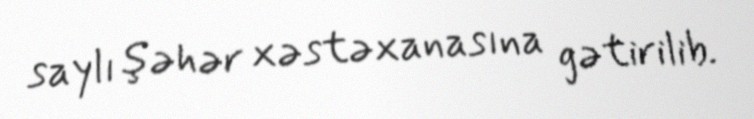
saylı şəhər xəstəxanasına gətirilib.